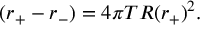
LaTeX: ( r _ { + } - r _ { - } ) = 4 \pi T R ( r _ { + } ) ^ { 2 } .